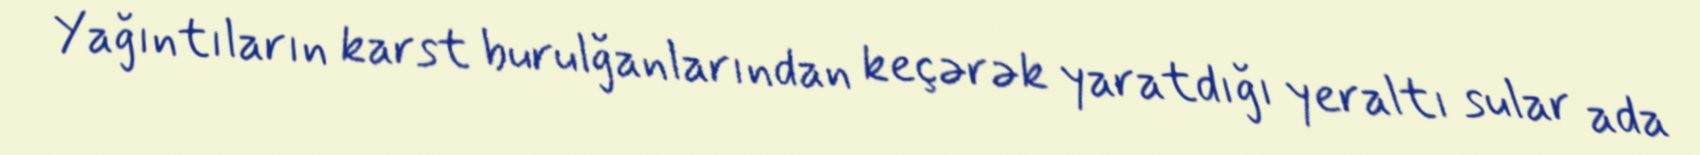
Yağıntıların karst burulğanlarından keçərək yaratdığı yeraltı sular ada